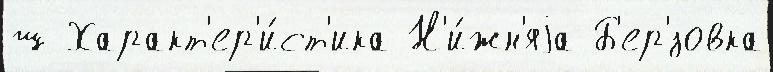
ш Характ'ер'и́ст'ика Н'и́жн'яjа Б'ер'́зовка